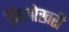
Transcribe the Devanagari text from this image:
किलोखरी